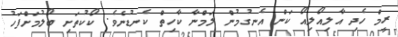
ރީމް ހެދި އާލިއޯލިއޯ ކަން އެނގުމުން ލަމްނާ ކާހިތް ކެނޑުނެވެ. ކޯކުތަށި ބޯލުމަށްފަހު